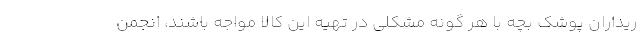
ریداران پوشک بچه با هر گونه مشکلی در تهیه این کالا مواجه باشند، انجمن